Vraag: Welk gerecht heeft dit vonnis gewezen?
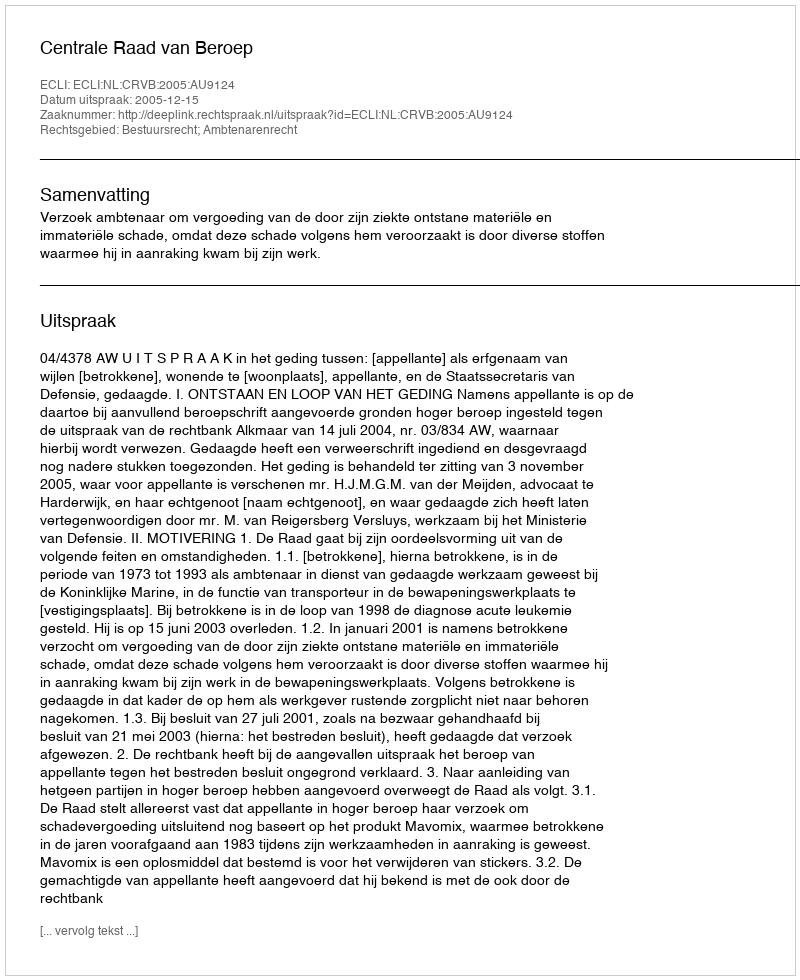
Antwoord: Centrale Raad van Beroep